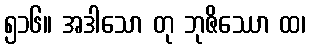
၅၁၆။ အဒါသော တု ဘုဇိဿော ထ၊